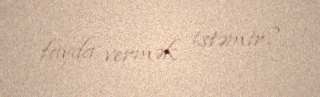
fayda vermək istəmir?.